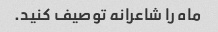
ماه را شاعرانه توصیف کنید.